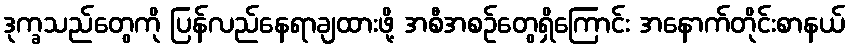
ဒုက္ခသည်တွေကို ပြန်လည်နေရာချထားဖို့ အစီအစဉ်တွေရှိကြောင်း အနောက်တိုင်းစာနယ်